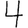
Digit: 4